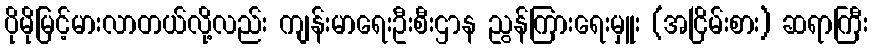
ပိုမိုမြင့်မားလာတယ်လို့လည်း ကျန်းမာရေးဦးစီးဌာန ညွန်ကြားရေးမှူး (အငြိမ်းစား) ဆရာကြီး